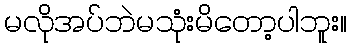
မလိုအပ်ဘဲမသုံးမိတော့ပါဘူး။